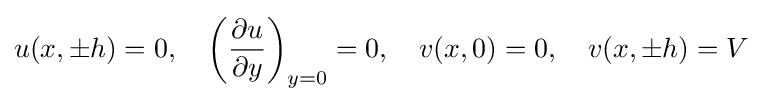
u(x,\pm h)=0,\quad \left({\frac {\partial u}{\partial y}}\right)_{y=0}=0,\quad v(x,0)=0,\quad v(x,\pm h)=V